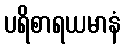
ပရိစာရယမာနံ